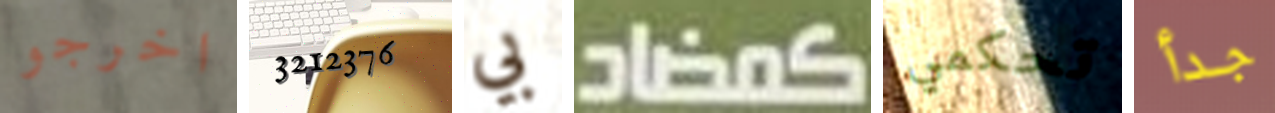
اخرجو 3212376 بي كمضاد تحكمي جدأ